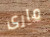
مارى